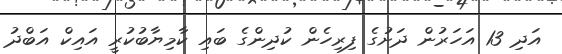
އަދި 13 އަހަރުން ދަށުގެ ފިރިހެން ކުދިންގެ ބައި ކާމިޔާބުކުރީ އައިކް އަބްދު